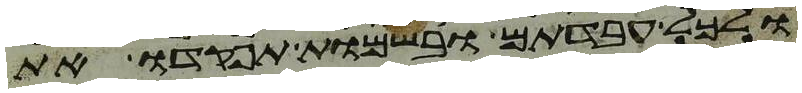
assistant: ולכל עבדתם ובשמות תפקדו את